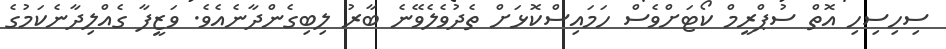
ސިހިސިހި އޮތް ސުޕްރީމް ކޯޓަށްވެސް ހަމައިސްކޮޅަށް ތެދުވެލެވޭނެ ބާރު ލިބިގެންދާނެއެވެ. ވަޒީފާ ގެއްލިދާނެކަމުގެ